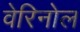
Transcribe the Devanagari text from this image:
वेरिनोल